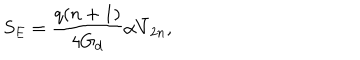
S _ { E } = \frac { q ( n + 1 ) } { 4 G _ { d } } \alpha \bar { V } _ { 2 n } ,